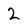
Character: 2